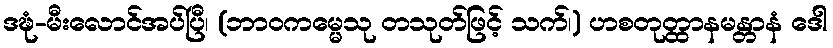
ဒဍ္ဎံ-မီးလောင်အပ်ပြီ၊ (ဘာဝကမ္မေသု တသုတ်ဖြင့် သက်၊) ဟစတုတ္ထာနမန္တာနံ ဒေါ